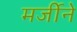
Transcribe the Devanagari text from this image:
मर्जीने